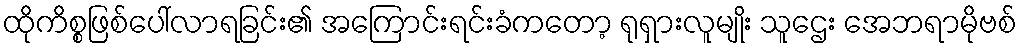
ထိုကိစ္စဖြစ်ပေါ်လာရခြင်း၏ အကြောင်းရင်းခံကတော့ ရုရှားလူမျိုး သူဌေး အေဘရာမိုဗစ်